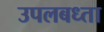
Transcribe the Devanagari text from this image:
उपलबध्ता